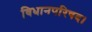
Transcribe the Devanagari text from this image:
विधानपरिषद।